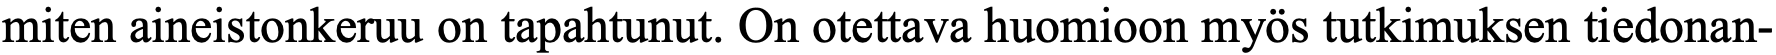
miten aineistonkeruu on tapahtunut. On otettava huomioon myös tutkimuksen tiedonan-